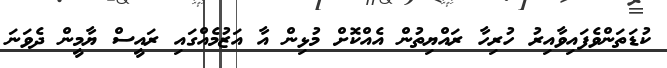
ކުޑަތަންވެފައިވާއިރު ހުރިހާ ރައްޔިތުން އެއްކޮށް މުޅިން އާ އަޒުމެއްގައި ރައީސް ޔާމީން ދެވަނަ